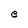
Character: e